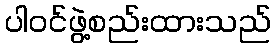
ပါဝင်ဖွဲ့စည်းထားသည်